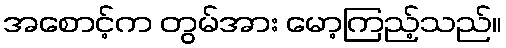
အစောင့်က တွမ်အား မော့ကြည့်သည်။